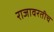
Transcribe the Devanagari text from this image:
राजावरतीच